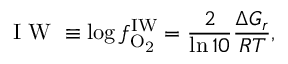
\mathrm { ~ I ~ W ~ } \equiv \log { f _ { \mathrm { O _ { 2 } } } ^ { \mathrm { I W } } } = \frac { 2 } { \ln { 1 0 } } \frac { \Delta G _ { r } } { { \cal R } T } ,